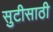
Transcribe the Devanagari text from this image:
सुटीसाठी